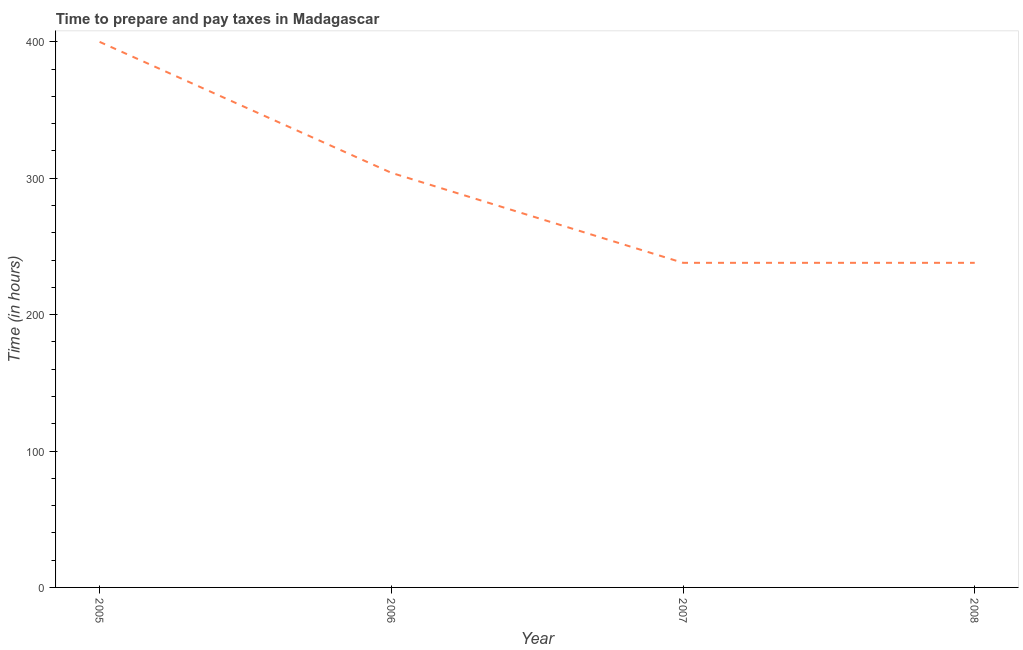
| Year | Time to prepare and pay taxes |
 | --- | --- |
 | 2005 | 400 |
 | 2006 | 304 |
 | 2007 | 238 |
 | 2008 | 238 |